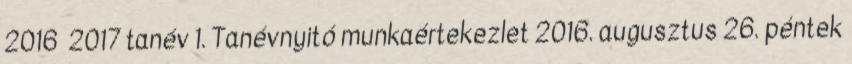
2016 2017 tanév 1. Tanévnyitó munkaértekezlet 2016. augusztus 26. péntek